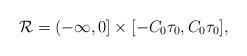
LaTeX: \begin{align*}\mathcal{R}=(-\infty,0]\times\lbrack-C_{0}\tau_{0},C_{0}\tau_{0}],\end{align*}